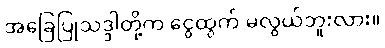
အခြေပြုသဒ္ဒါတို့က ငွေထွက် မလွယ်ဘူးလား။